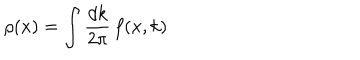
\rho ( x ) = \int \frac { d k } { 2 \pi } \, f ( x , k )